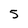
Character: 5